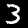
Label: 3